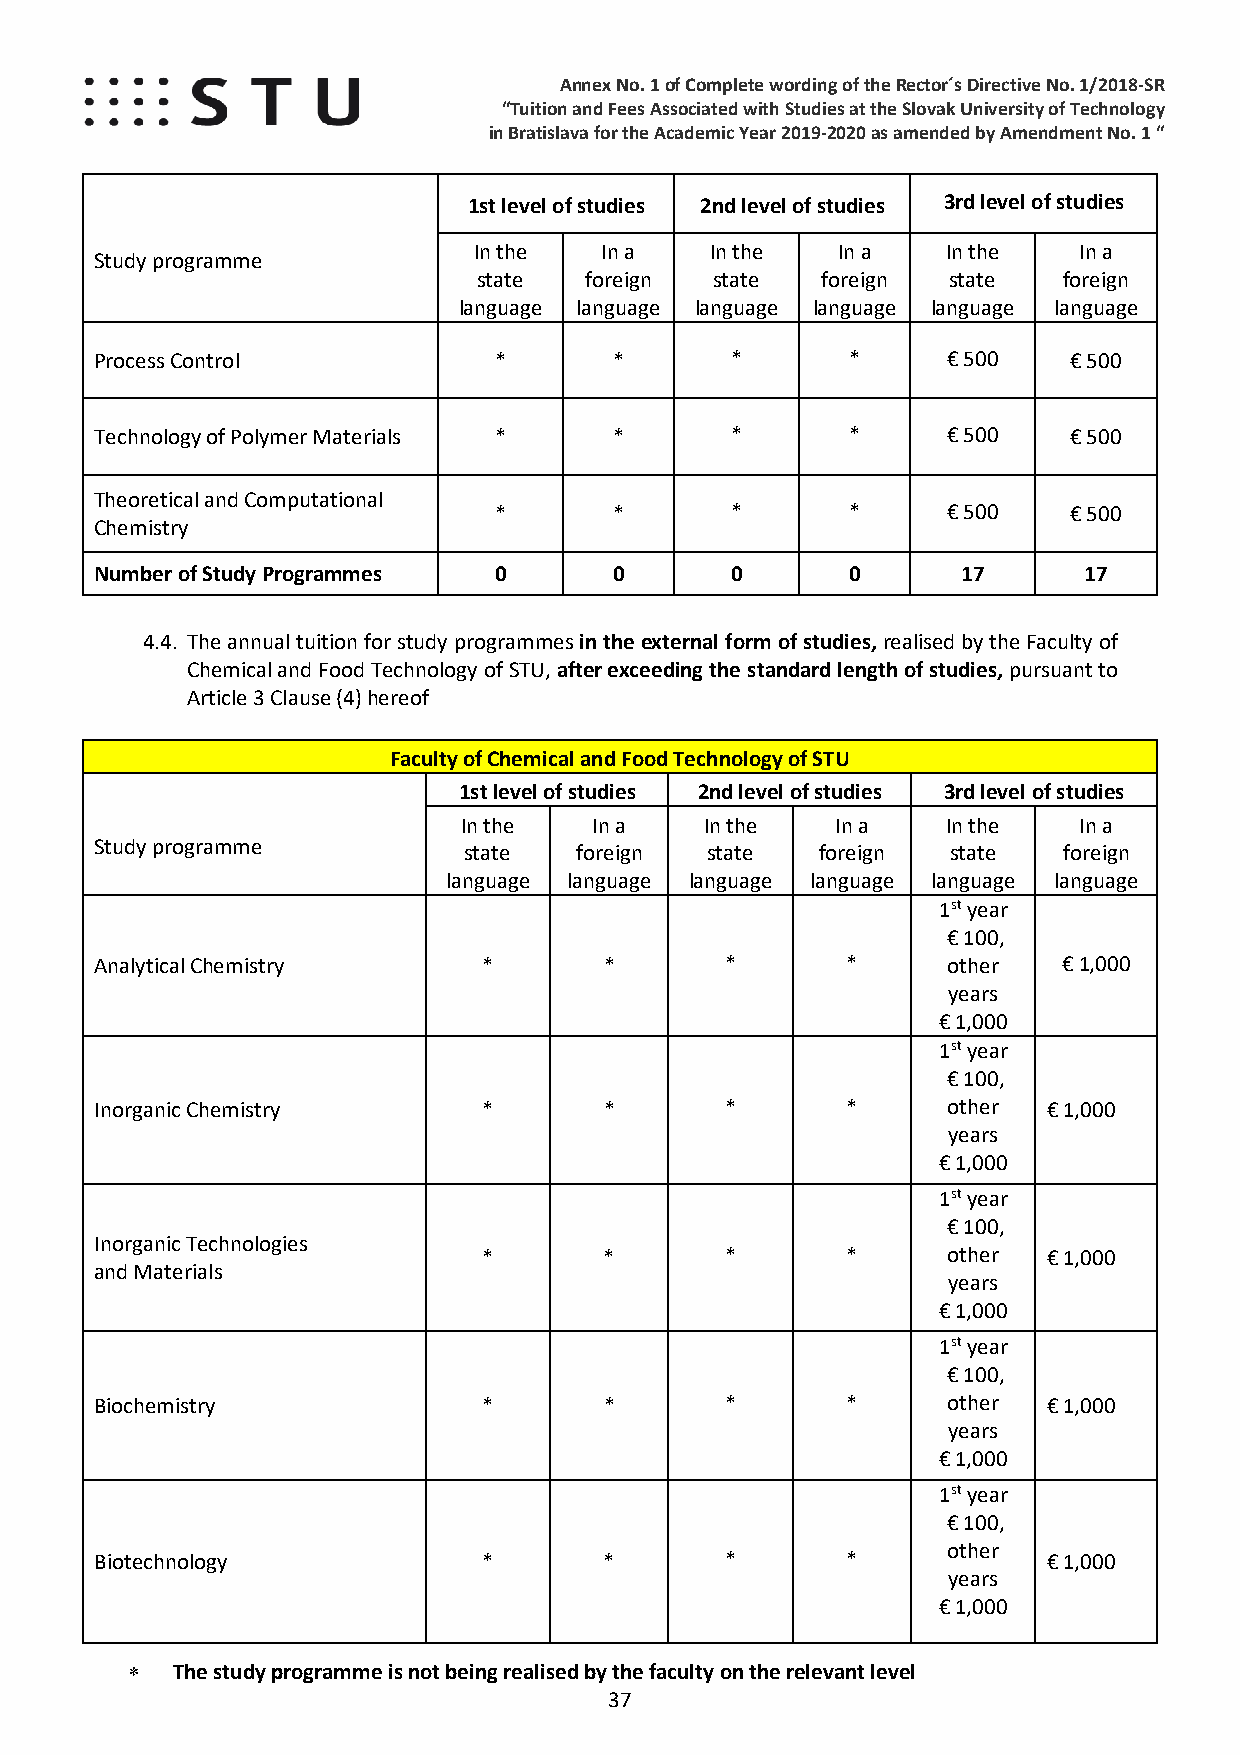
Annex No. 1 of Complete wording of the Rector´s Directive No. 1/2018-SR
 “Tuition and Fees Associated with Studies at the Slovak University of Technology
 in Bratislava for the Academic Year 2019-2020 as amended by Amendment No. 1 “
 1st level of studies 2nd level of studies 3rd level of studies
 In the   In a   In the  In a    In the  In a
 Study programme
 state  foreign state  foreign  state  foreign
 language language language language language language
 Process Control            *       *      *       *      € 500   € 500
 Technology of Polymer Materials *  *      *       *      € 500   € 500
 Theoretical and Computational
 *       *      *       *      € 500   € 500
 Chemistry
 Number of Study Programmes 0       0      0       0       17      17
 4.4. The annual tuition for study programmes in the external form of studies, realised by the Faculty of
 Chemical and Food Technology of STU, after exceeding the standard length of studies, pursuant to
 Article 3 Clause (4) hereof
 Faculty of Chemical and Food Technology of STU
 1st level of studies 2nd level of studies 3rd level of studies
 In the  In a    In the  In a    In the  In a
 Study programme          state  foreign  state  foreign  state  foreign
 language language language language language language
 1st year
 € 100,
 Analytical Chemistry      *       *       *       *      other  € 1,000
 years
 € 1,000
 1st y ear
 € 100,
 Inorganic Chemistry       *       *       *       *      other € 1,000
 years
 € 1,000
 1st y ear
 € 100,
 Inorganic Technologies
 *       *       *       *      other € 1,000
 and Materials
 years
 € 1,000
 1st y ear
 € 100,
 Biochemistry              *       *       *       *      other € 1,000
 years
 € 1,000
 1st y ear
 € 100,
 other
 Biotechnology             *       *       *       *            € 1,000
 years
 € 1,000
 ∗  The study programme is not being realised by the faculty on the relevant level
 37